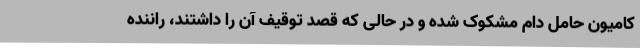
کامیون حامل دام مشکوک شده و در حالی که قصد توقیف آن را داشتند، راننده